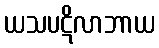
ယသပဋိလာဘာယ